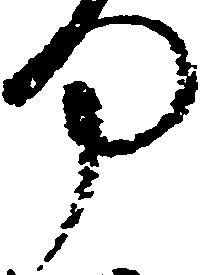
何